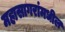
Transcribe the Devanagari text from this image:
महासागरांमधील